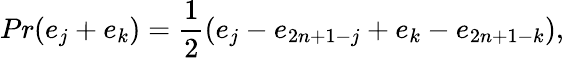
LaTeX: Pr(e_{j}+e_{k})={\frac{1}{2}}(e_{j}-e_{2n+1-j}+e_{k}-e_{2n+1-k}),